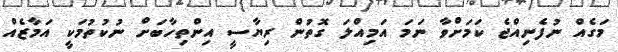
މަގެއް ނުފެނިއްޖެ ކަމަށްވާ ނަމަ އަމިއްލަ ގޮތުން ރިޔާސީ އިންތިހާބަށް ނުކުތުމަކީ އަމާޒެއް